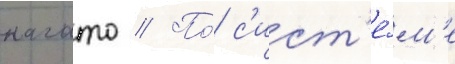
нагато // По́ с'ист'е́м'е